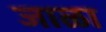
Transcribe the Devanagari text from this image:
जाळा